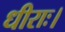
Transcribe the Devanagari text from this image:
धीराः।